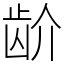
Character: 𬹼